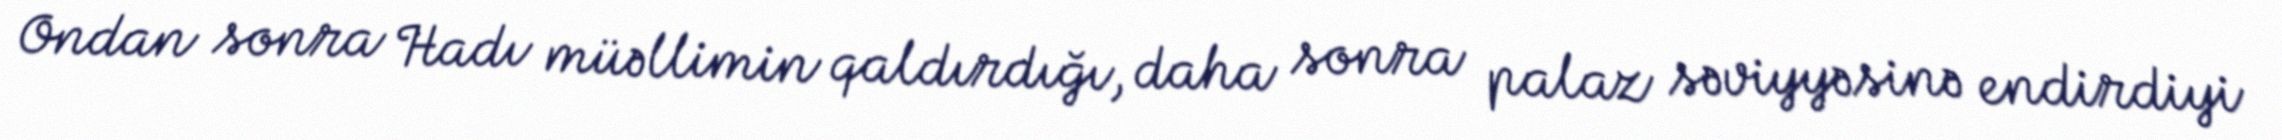
Ondan sonra Hadı müəllimin qaldırdığı, daha sonra palaz səviyyəsinə endirdiyi